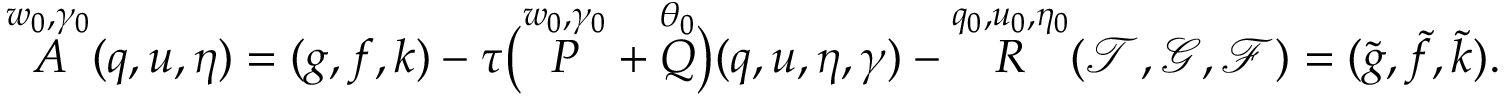
\overset { w _ { 0 } , \gamma _ { 0 } } { A } ( q , u , \eta ) = ( g , f , k ) - \tau \big ( \overset { w _ { 0 } , \gamma _ { 0 } } { P } + \overset { \theta _ { 0 } } { Q } \big ) ( q , u , \eta , \gamma ) - \overset { q _ { 0 } , u _ { 0 } , \eta _ { 0 } } { R } ( \mathcal { T } , \mathcal { G } , \mathcal { F } ) = ( \widetilde { g } , \widetilde { f } , \widetilde { k } ) .